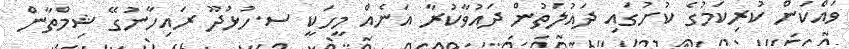
ވައްކަން ކުރިކަމުގެ ކުށުގައި ދައުލަތުން ދައުވާކުރާ އަނެއް މީހަކީ ސ.ހުޅުދޫ ރައިހާނުގޭ ޝިމްތާން